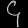
Digit: ၄